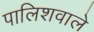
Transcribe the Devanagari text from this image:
पालिशवाले